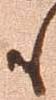
も